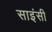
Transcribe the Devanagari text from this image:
साइंसी